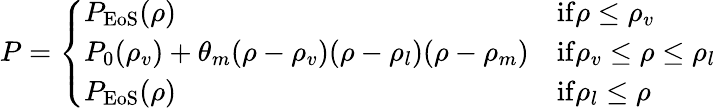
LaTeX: P=\left\{ \begin{array}{ll}{P_{\mathrm{EoS}}(\rho)}&{\mathrm{if}\rho\leq\rho_{v}}\\ {P_{0}(\rho_{v})+\theta_{m}(\rho-\rho_{v})(\rho-\rho_{l})(\rho-\rho_{m})}&{\mathrm{if}\rho_{v}\leq\rho\leq\rho_{l}}\\ {P_{\mathrm{EoS}}(\rho)}&{\mathrm{if}\rho_{l}\leq\rho}\end{array}\right.